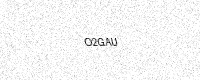
Text: O2GAU